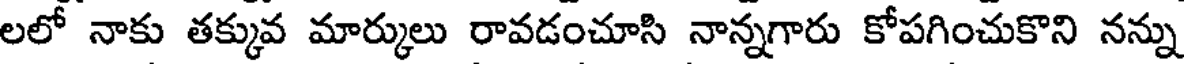
లలో నాకు తక్కువ మార్కులు రావడంచూసి నాన్నగారు కోపగించుకొని నన్ను